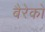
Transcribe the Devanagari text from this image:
बैरेको